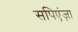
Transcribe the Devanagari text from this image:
सपिएंज़ा